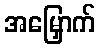
အမြှောက်